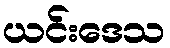
ယင်းဒေသ